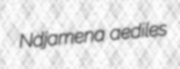
Ndjamena aediles